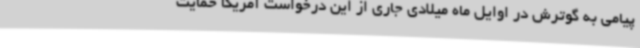
پیامی به گوترش در اوایل ماه میلادی جاری از این درخواست آمریکا حمایت